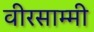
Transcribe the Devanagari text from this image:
वीरसाम्मी